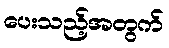
ပေးသည့်အတွက်